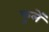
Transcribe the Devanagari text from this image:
फूलें